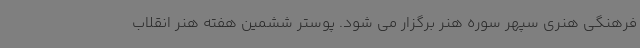
فرهنگی هنری سپهر سوره هنر برگزار می شود. پوستر ششمین هفته هنر انقلاب